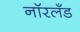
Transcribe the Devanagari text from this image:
नॉरलँड